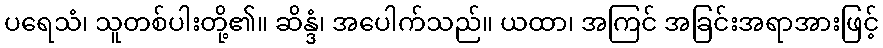
ပရေသံ၊ သူတစ်ပါးတို့၏။ ဆိန္ဒံ၊ အပေါက်သည်။ ယထာ၊ အကြင် အခြင်းအရာအားဖြင့်